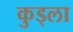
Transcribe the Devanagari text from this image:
कुड्ला